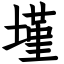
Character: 墐